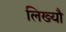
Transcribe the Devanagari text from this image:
लिख्यौ